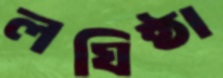
লঘিষ্ঠা